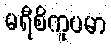
မရီစိကူပမာ